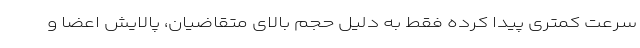
سرعت کمتری پیدا کرده فقط به دلیل حجم بالای متقاضیان، پالایش اعضا و